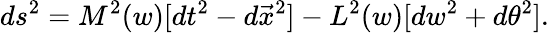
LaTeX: ds^{2}=M^{2}(w)[dt^{2}-d\vec{x}^{2}]-L^{2}(w)[dw^{2}+d\theta^{2}].